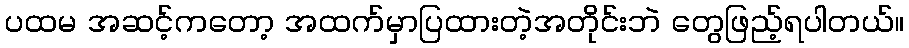
ပထမ အဆင့်ကတော့ အထက်မှာပြထားတဲ့အတိုင်းဘဲ တွေဖြည့်ရပါတယ်။